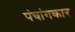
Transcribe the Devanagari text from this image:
पंचांगकार